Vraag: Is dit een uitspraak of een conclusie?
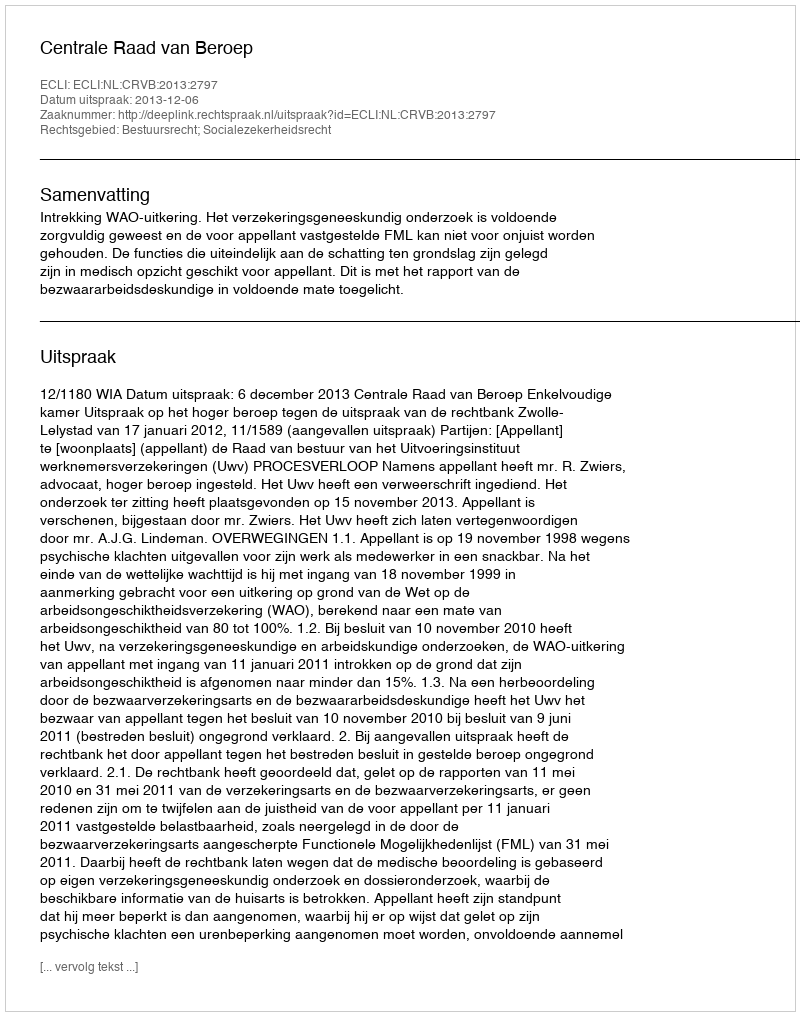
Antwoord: Uitspraak